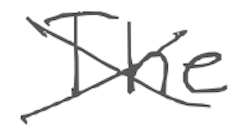
Text: The
Cross-out: cross
Writing tool: digital_gray